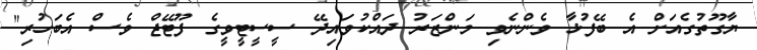
ޔާގޫތުގެއަށް އެ ބޭފުޅާ ވެންނެވި މަންޒަރު ދައްކުވައިދޭ ސީސީޓީވީގެ ފޫޓޭޖް ވެސް އެބަހުރި"